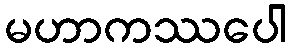
မဟာကဿပေါ